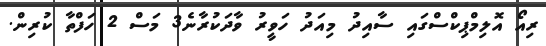
ރިއޯ އޮލިމްޕިކްސްގައި ސާއިދު މިއަދު ހަވީރު ވާދަކުރާނެ3 މަސް 2 ހަފްތާ ކުރިން.